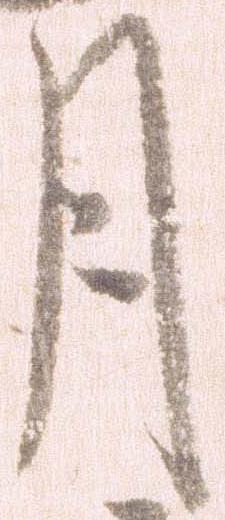
月